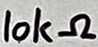
Text: 10kΩ